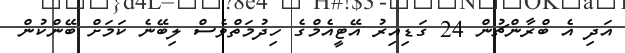
އަދި އެ ބްރާންޗުން 24 ގަޑިއިރު އޭޓީއެމްގެ ހިދުމަތްވެސް ލިބޭނެ ކަމަށް ބޭންކުން